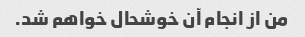
من از انجام آن خوشحال خواهم شد.